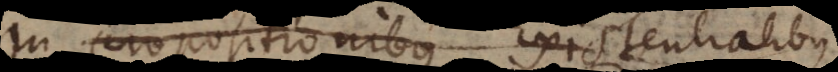
In propositionibus Existentialibus